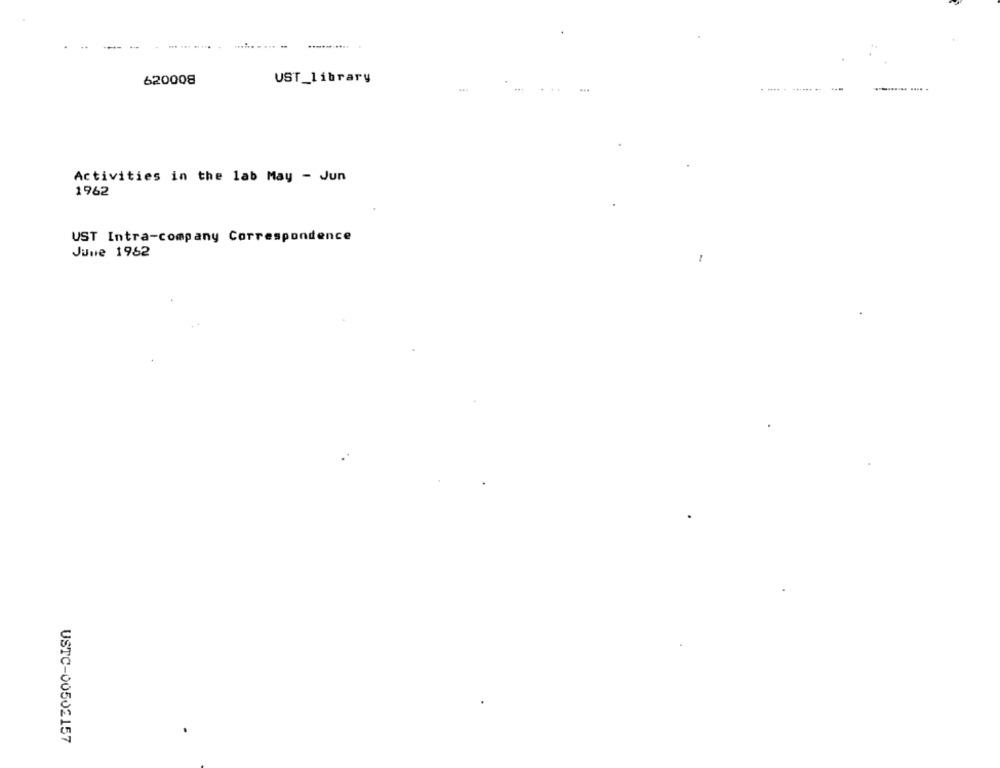
.-
620008
UST_library
Activities in the lab May - Jun
1962
UST Intra-company Correspondence
June 1962
USTC-00502157